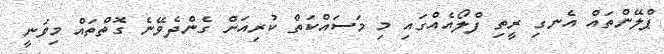
ޕްލޭންތައް އެނގި ރީތި ފްލޯއެއްގައި މި މަސައްކަތް ކުރިއަށް ގެންދެވޭނެ ގޮތްތައް މިވަނީ